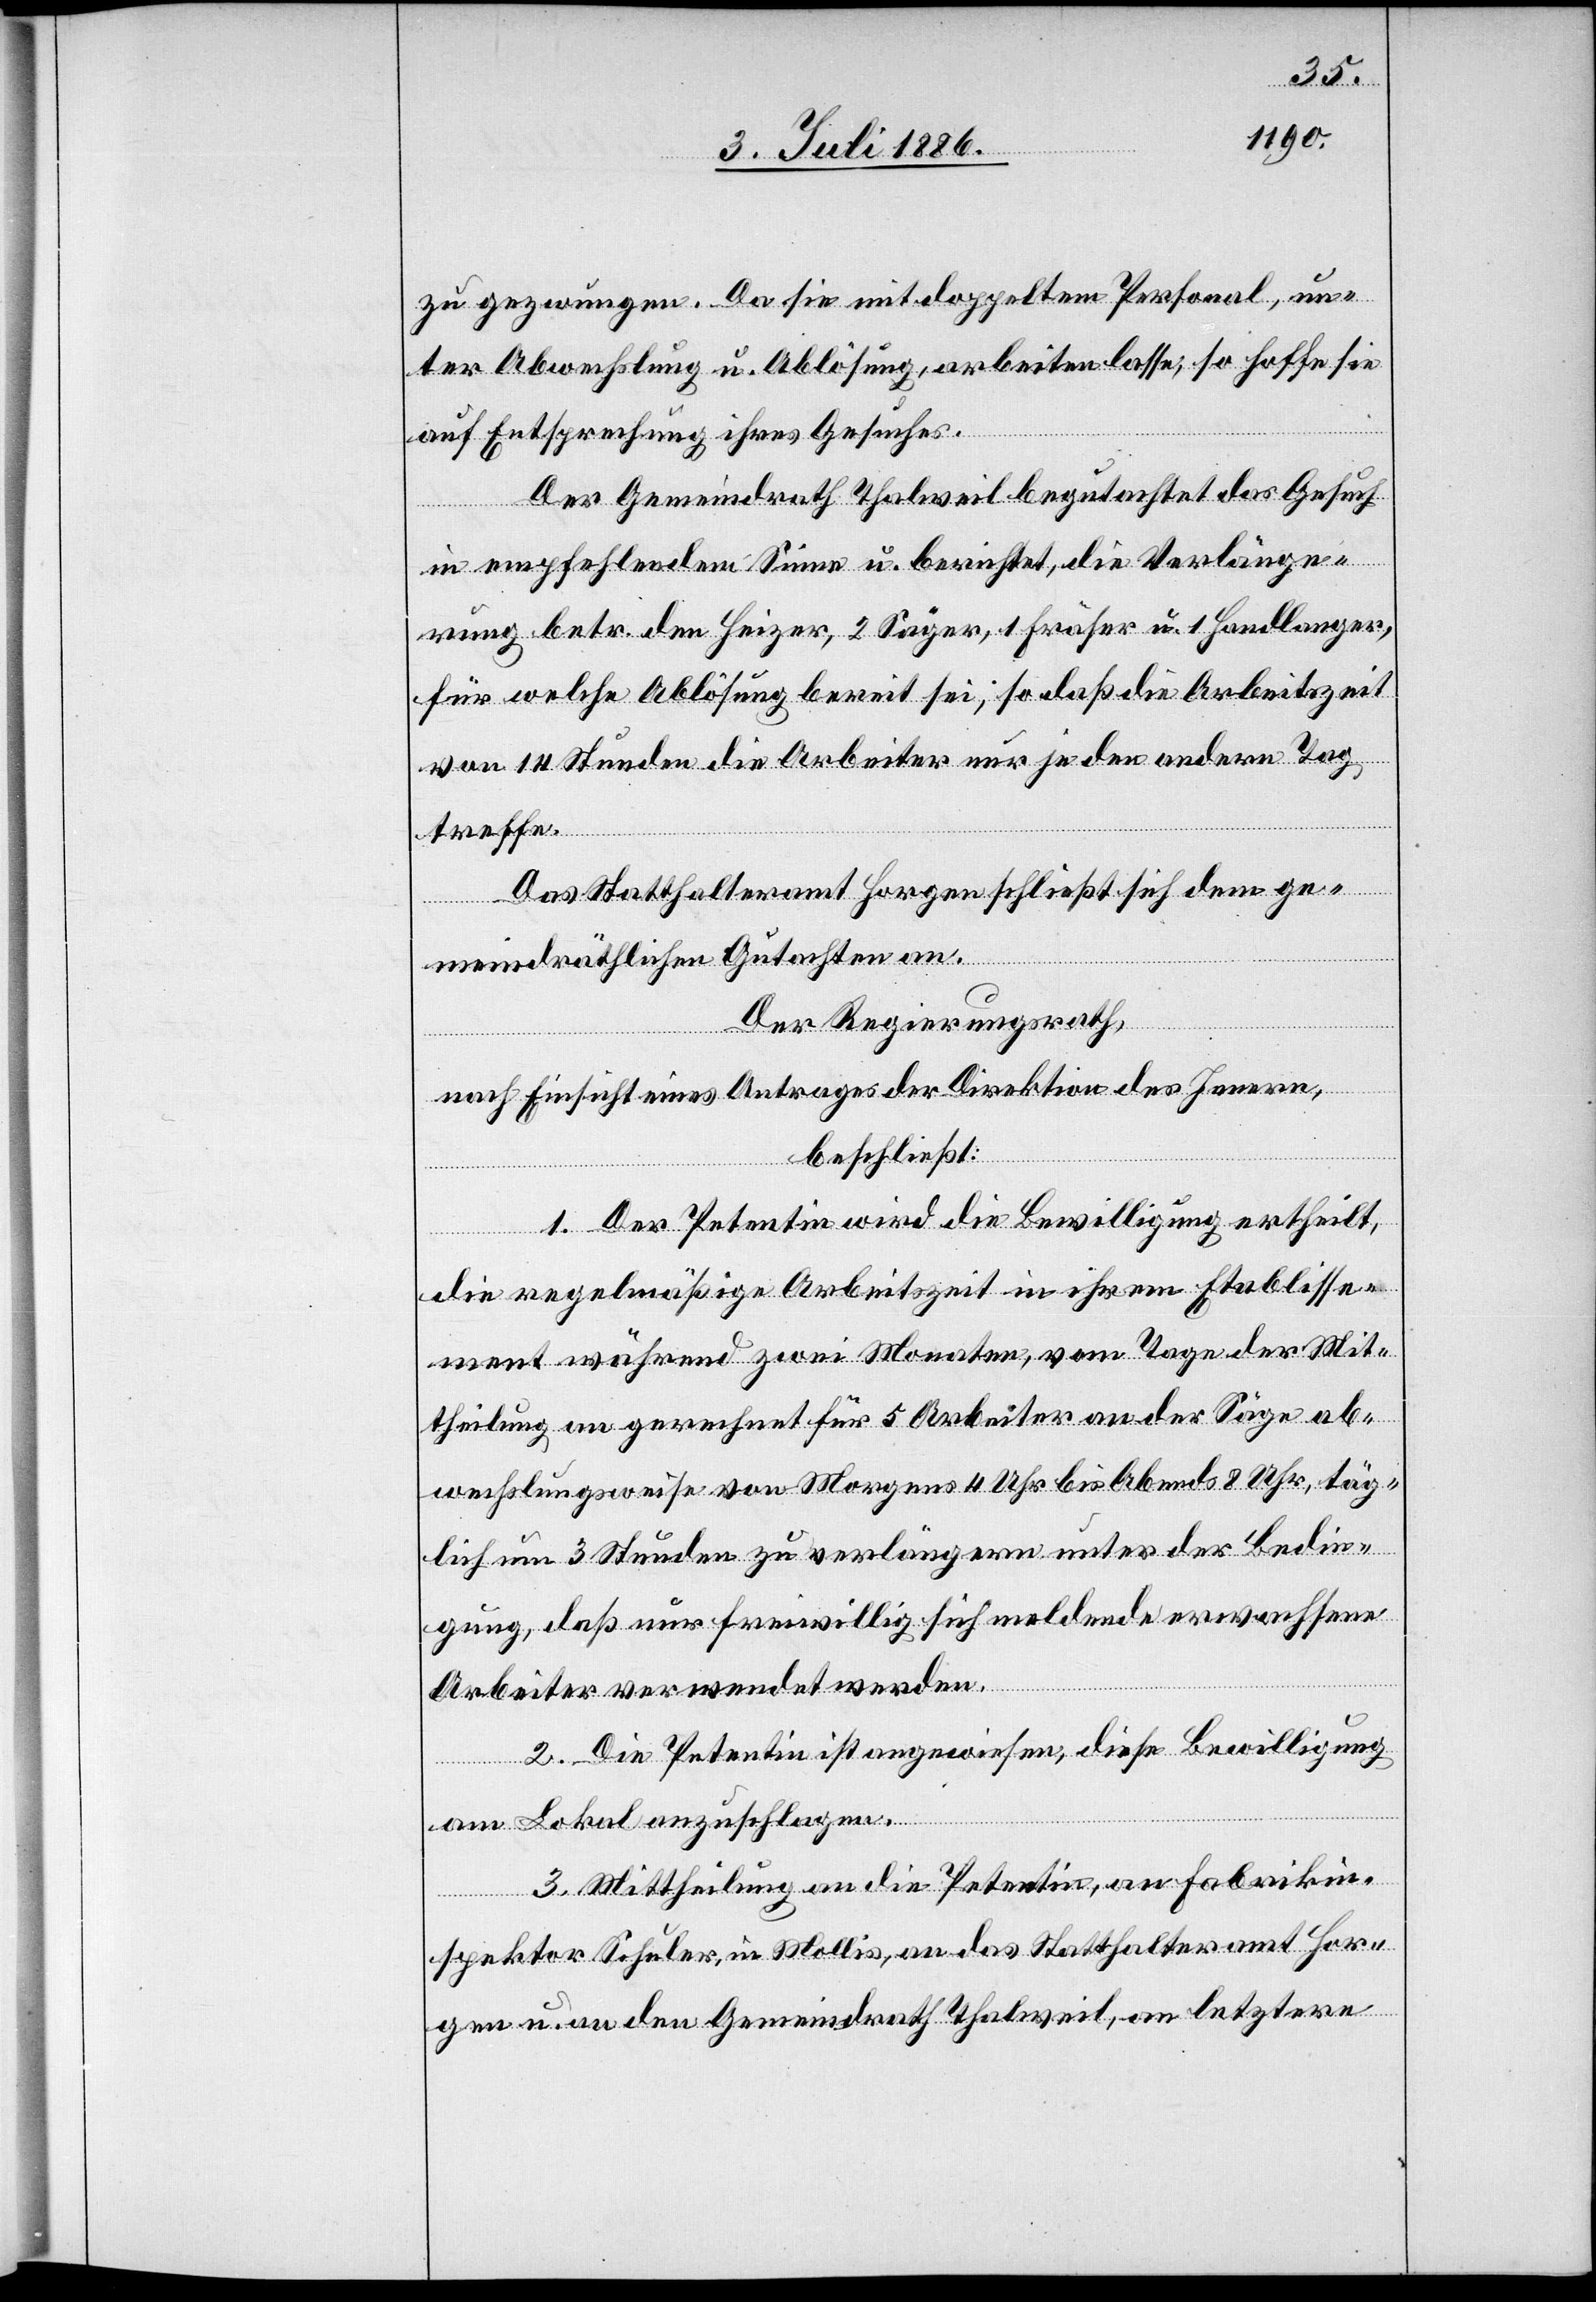
zu gezwungen. Da sie mit doppeltem Personal, un¬
ter Abwechslung u. Ablösung, arbeiten lasse, so hoffe sie
auf Entsprechung ihres Gesuches.
Der Gemeindrath Thalweil begutachtet das Gesuch
in empfehlendem Sinne u. berichtet, die Verlänge¬
rung betr. den Heizer, 2 Säger, 1 Fräser u. 1 Handlanger,
für welche Ablösung bereit sei, so daß die Arbeitszeit
von 14 Stunden die Arbeiter nur jeden andern Tag
treffe.
Das Statthalteramt Horgen schließt sich dem ge¬
meindräthlichen Gutachten an.
Der Regierungsrath,
nach Einsicht eines Antrages der Direktion des Innern,
beschließt:
1. Der Petentin wird die Bewilligung ertheilt,
die regelmäßige Arbeitszeit in ihrem Etablisse¬
ment während zwei Monaten, vom Tage der Mit¬
theilung an gerechnet für 5 Arbeiter an der Säge ab¬
wechslungsweise von Morgens 4 Uhr bis Abends 8 Uhr, täg¬
lich um 3 Stunden zu verlängern unter der Bedin¬
gung, daß nur freiwillig sich meldende erwachsene
Arbeiter verwendet werden.
2. Die Petentin ist angewiesen, diese Bewilligung
am Lokal anzuschlagen.
3. Mittheilung an die Petentin, an Fabrikin¬
spektor Schuler, in Mollis, an das Statthalteramt Hor¬
gen u. an den Gemeindrath Thalweil, an letztere